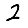
Digit: 2